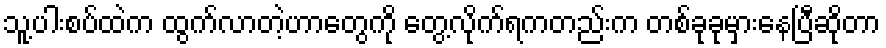
သူ့ပါးစပ်ထဲက ထွက်လာတဲ့ဟာတွေကို တွေ့လိုက်ရကတည်းက တစ်ခုခုမှားနေပြီဆိုတာ